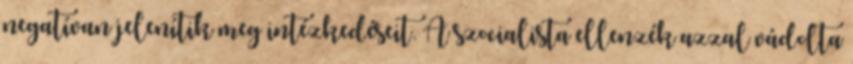
negatívan jelenítik meg intézkedéseit. A szocialista ellenzék azzal vádolta